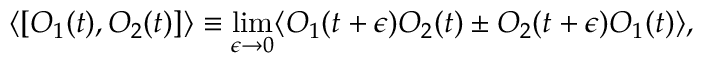
\langle [ O _ { 1 } ( t ) , O _ { 2 } ( t ) ] \rangle \equiv \operatorname * { l i m } _ { \epsilon \rightarrow 0 } \langle O _ { 1 } ( t + \epsilon ) O _ { 2 } ( t ) \pm O _ { 2 } ( t + \epsilon ) O _ { 1 } ( t ) \rangle ,